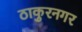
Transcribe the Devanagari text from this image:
ठाकुरनगर